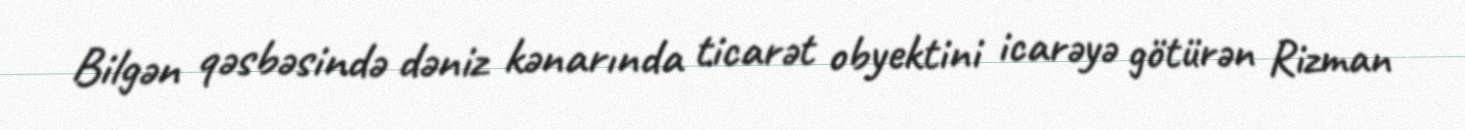
Bilgən qəsbəsində dəniz kənarında ticarət obyektini icarəyə götürən Rizman